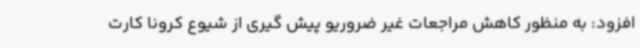
افزود: به منظور کاهش مراجعات غیر ضروریو پیش گیری از شیوع کرونا کارت